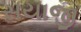
સયાજી